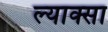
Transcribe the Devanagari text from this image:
ल्याक्सा